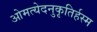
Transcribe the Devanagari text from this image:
ओमत्येदनुकृतिर्हस्म